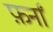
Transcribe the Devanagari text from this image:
फ़र्नां